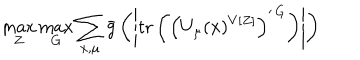
\max _ { Z } \max _ { G } \sum _ { x , \mu } \bar { g } \left( \left| \mathrm { t r } \left( \left( U _ { \mu } ( x ) ^ { V [ Z ] } \right) ^ { \prime \, G } \right) \right| \right)